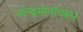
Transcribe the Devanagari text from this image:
चान्द्रमानावरून